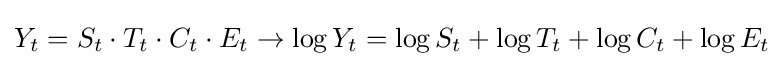
Y_{t}=S_{t}\cdot T_{t}\cdot C_{t}\cdot E_{t}\rightarrow \log Y_{t}=\log S_{t}+\log T_{t}+\log C_{t}+\log E_{t}